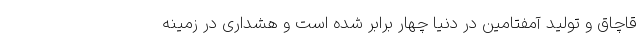
قاچاق و تولید آمفتامین در دنیا چهار برابر شده است و هشداری در زمینه